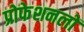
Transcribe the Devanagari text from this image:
प्रोफेशनलों